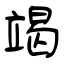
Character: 竭